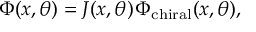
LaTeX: \Phi ( x , \theta ) = J ( x , \theta ) \, \Phi _ { \mathrm { c h i r a l } } ( x , \theta ) ,